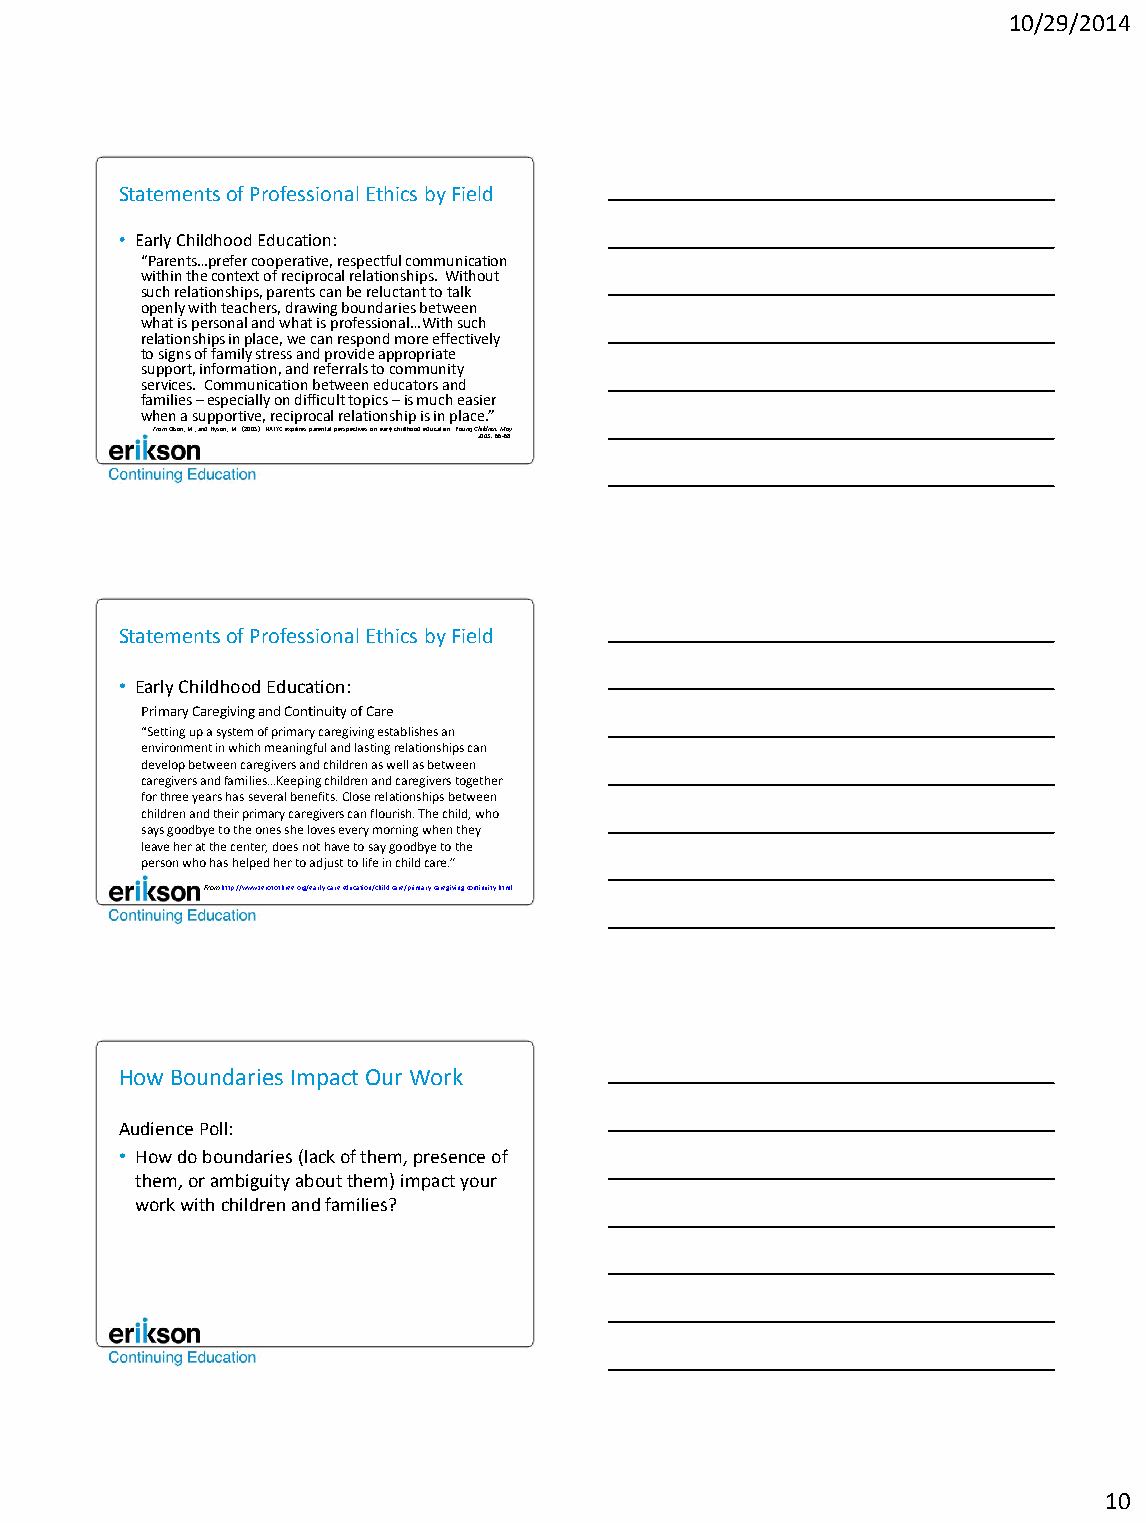
10/29/2014
 Statements of Professional Ethics by Field
 • Early Childhood Education:
 “Parents…prefer cooperative, respectful communication
 within the context of reciprocal relationships. Without
 such relationships, parents can be reluctant to talk
 openly with teachers, drawing boundaries between
 what is personal and what is professional…With such
 relationships in place, we can respond more effectively
 to signs of family stress and provide appropriate
 support, information, and referrals to community
 services. Communication between educators and
 families – especially on difficult topics – is much easier
 when a supportive, reciprocal relationship is in place.”
 From Olson, M., and Hyson, M. (2005). NAEYC explores parental perspectives on early childhood education. Young Children, May
 2005, 66-68.
 Statements of Professional Ethics by Field
 • Early Childhood Education:
 Primary Caregiving and Continuity of Care
 “Setting up a system of primary caregiving establishes an
 environment in which meaningful and lasting relationships can
 develop between caregivers and children as well as between
 caregivers and families…Keeping children and caregivers together
 for three years has several benefits. Close relationships between
 children and their primary caregivers can flourish. The child, who
 says goodbye to the ones she loves every morning when they
 leave her at the center, does not have to say goodbye to the
 person who has helped her to adjust to life in child care.”
 From http://www.zerotothree.org/early-care-education/child-care/primary-caregiving-continuity.html
 How Boundaries Impact Our Work
 Audience Poll:
 • How do boundaries (lack of them, presence of
 them, or ambiguity about them) impact your
 work with children and families?
 10